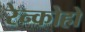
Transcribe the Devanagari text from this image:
रेन्कोहो